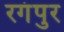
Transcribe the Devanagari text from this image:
रगंपुर